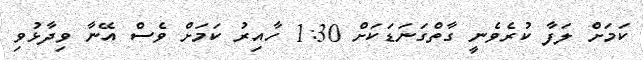
ކަމަށް ލަފާ ކުރެވެނީ ގާތްގަނަޑަކަށް 1:30 ހާއިރު ކަމަށް ވެސް އޭނާ ވިދާޅުވި